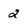
Character: 2